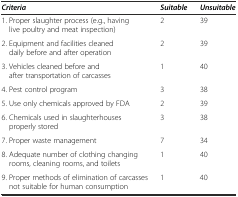
<table><thead><tr><td><b><i>Criteria</i></b></td><td><b><i>Suitable</i></b></td><td><b><i>Unsuitable</i></b></td></tr></thead><tbody><tr><td>1. Proper slaughter process (e.g., having live poultry and meat inspection)</td><td>2</td><td>39</td></tr><tr><td>2. Equipment and facilities cleaned daily before and after operation</td><td>2</td><td>39</td></tr><tr><td>3. Vehicles cleaned before and after transportation of carcasses</td><td>1</td><td>40</td></tr><tr><td>4. Pest control program</td><td>3</td><td>38</td></tr><tr><td>5. Use only chemicals approved by FDA</td><td>2</td><td>39</td></tr><tr><td>6. Chemicals used in slaughterhouses properly stored</td><td>3</td><td>38</td></tr><tr><td>7. Proper waste management</td><td>7</td><td>34</td></tr><tr><td>8. Adequate number of clothing changing rooms, cleaning rooms, and toilets</td><td>1</td><td>40</td></tr><tr><td>9. Proper methods of elimination of carcasses not suitable for human consumption</td><td>1</td><td>40</td></tr></tbody></table>